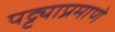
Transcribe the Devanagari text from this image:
पट्ट्याप्रमाणे